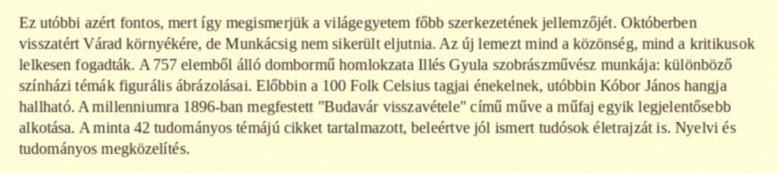
Ez utóbbi azért fontos, mert így megismerjük a világegyetem főbb szerkezetének jellemzőjét. Októberben visszatért Várad környékére, de Munkácsig nem sikerült eljutnia. Az új lemezt mind a közönség, mind a kritikusok lelkesen fogadták. A 757 elemből álló dombormű homlokzata Illés Gyula szobrászművész munkája: különböző színházi témák figurális ábrázolásai. Előbbin a 100 Folk Celsius tagjai énekelnek, utóbbin Kóbor János hangja hallható. A millenniumra 1896-ban megfestett "Budavár visszavétele" című műve a műfaj egyik legjelentősebb alkotása. A minta 42 tudományos témájú cikket tartalmazott, beleértve jól ismert tudósok életrajzát is. Nyelvi és tudományos megközelítés.